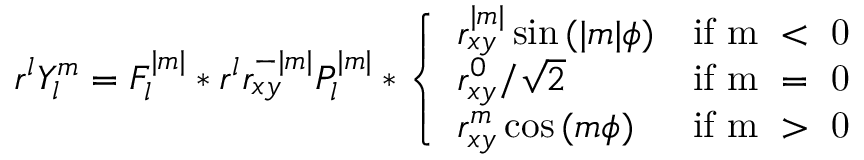
r ^ { l } Y _ { l } ^ { m } = F _ { l } ^ { | m | } * r ^ { l } r _ { x y } ^ { - | m | } P _ { l } ^ { | m | } * \left\{ \begin{array} { l l } { r _ { x y } ^ { | m | } \sin { ( | m | \phi ) } } & { \mathrm { i f ~ m ~ < ~ 0 ~ } } \\ { r _ { x y } ^ { 0 } / \sqrt { 2 } } & { \mathrm { i f ~ m ~ = ~ 0 ~ } } \\ { r _ { x y } ^ { m } \cos { ( m \phi ) } } & { \mathrm { i f ~ m ~ > ~ 0 ~ } } \end{array} \right.